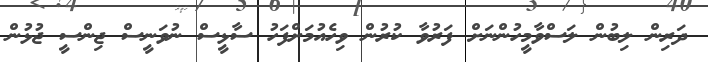
ދަރިން ލިބުން ލަސްވާމީހުންނަށް ފަރުވާ ކުރުން ވިހެއުމަށްފަހު ސާޅީސް ނުވަނީސް ޖިންސީ ޖުޅުން